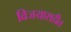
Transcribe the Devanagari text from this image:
विजयासहीत